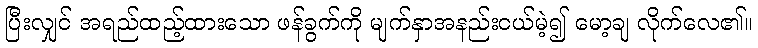
ပြီးလျှင် အရည်ထည့်ထားသော ဖန်ခွက်ကို မျက်နှာအနည်းငယ်မဲ့၍ မော့ချ လိုက်လေ၏။